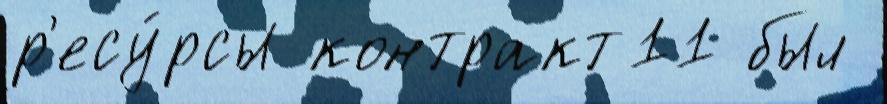
р'есу́рсы контракт11 был